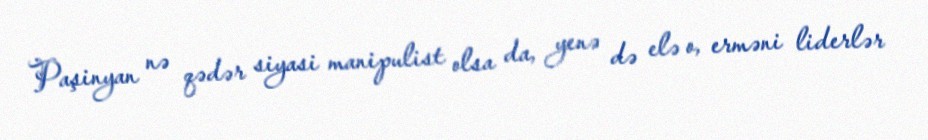
Paşinyan nə qədər siyasi manipulist olsa da, yenə də elə o, erməni liderlər